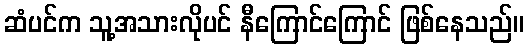
ဆံပင်က သူ့အသားလိုပင် နီကြောင်ကြောင် ဖြစ်နေသည်။